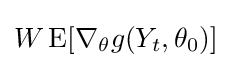
W\operatorname {E} [\nabla _{\theta }g(Y_{t},\theta _{0})]